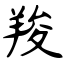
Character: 羧